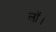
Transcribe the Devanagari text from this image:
लॉ।